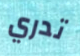
تدري